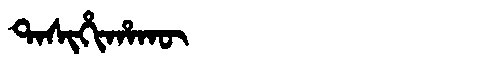
Manchu: ᡨᠠᠰᡳᡥᡳᡥᠠᡴᡡ
Romanization: TASIHIHAKŪ